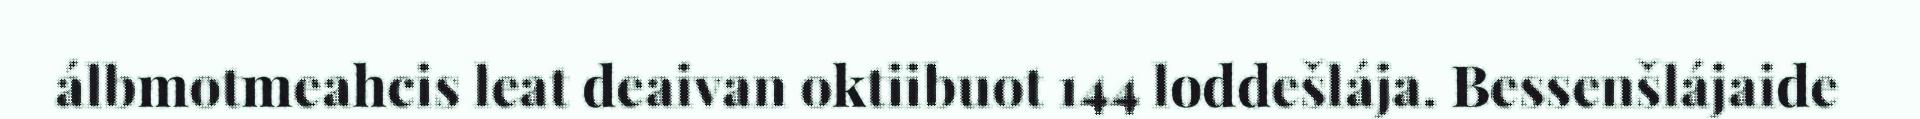
álbmotmeahcis leat deaivan oktiibuot 144 loddešlája. Bessenšlájaide